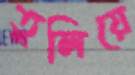
তুলিয়ে